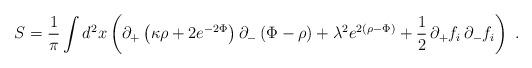
LaTeX: \begin{align*}S={1\over\pi}\int d^2x\left(\partial_+\left(\kappa\rho+2e^{-2\Phi}\right)\partial_-\left(\Phi-\rho\right)+\lambda^2e^{2\left(\rho-\Phi\right)}+{1\over2}\,\partial_+f_i\,\partial_-f_i\right)\;.\end{align*}